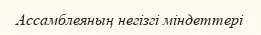
Ассамблеяның негізгі міндеттері